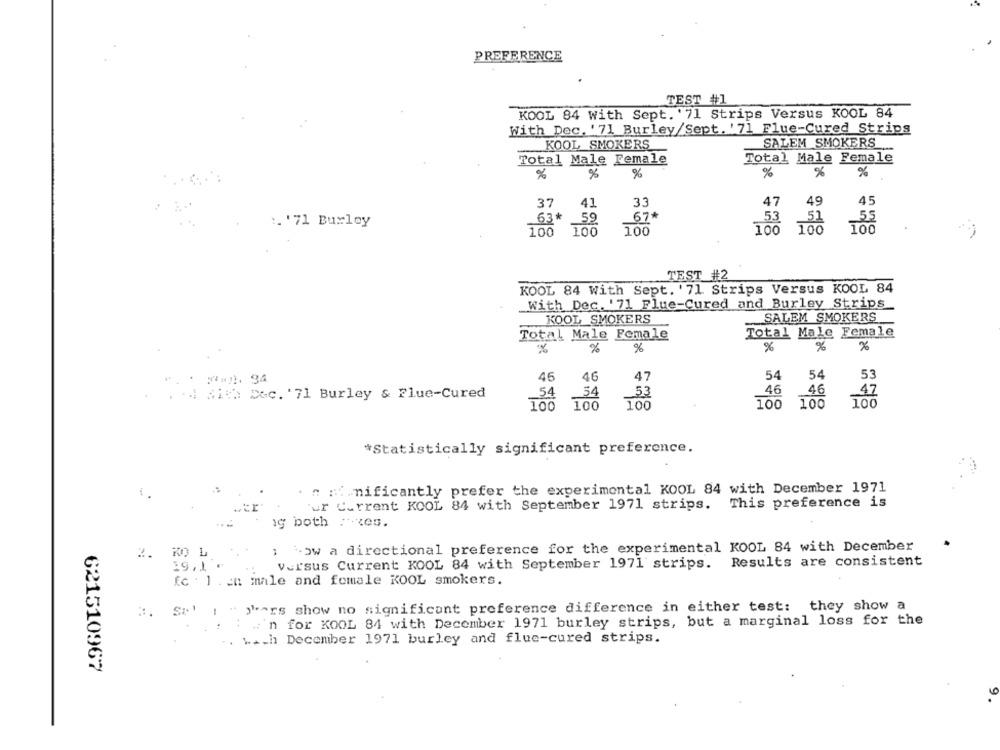
PREFERENCE
TEST #1
KOOL 84 with Sept. '71 Strips Versus KOOL 84
With Dec. '71 Burley/Sept. '71 Flue-Cured Strips
SALEM SMOKERS
KOOL SMOKERS
Total Male Female
Total Male Female
%
%
%
%
%
%
37
41
33
45
49
63*
67#
55
'. '71 Burley
59
53
100
700
100
100
TEST #2
KOOL 84 With Sept. '71 Strips Versus KOOL 84
With Dec. '71 Flue-Cured and Burley Strips
KOOL SMOKERS
SALEM SMOKERS
Total Male Female
Total Male Female
%
%
%
%
%
%
46
54
54
53
46
47
46
46
47
. Si. Dec. '71 Burley & Flue-Cured
.54
54
53
100
100
100
100
100
100
*Statistically significant preference.
n :i.nificantly prefer the experimental KOOL 84 with December 1971
'ur Current KOOL 84 with September 1971 strips. This preference is
ig both : . zes.
: wow a directional preference for the experimental KOOL 84 with December
2.
KO L
versus Current KOOL 84 with September 1971 strips. Results are consistent
fc : 1 . ch male and female KOOL smokers.
""ars show no significant preference difference in either test: they show a
n for KOOL 84 with December 1971 burley strips, but a marginal loss for the
wAch December 1971 burley and flue-cured strips.
621510967
9.